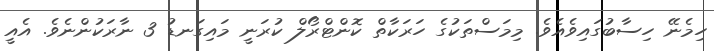
ހިމެނޭ ހިސާބުގައިވެއެވެ. މިމަސްތަކުގެ ހަރަކާތް ކޮންޓްރޯލް ކުރަނީ މައިގަނޑު 3 ނާރަކުންނެވެ. އެއީ